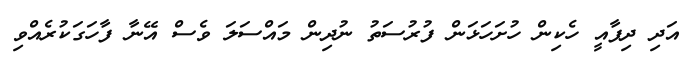
އަދި ދިފާއީ ހެކިން ހުށަހަޅަން ފުރުސަތު ނުދިން މައްސަލަ ވެސް އޭނާ ފާހަގަކުރެއްވި